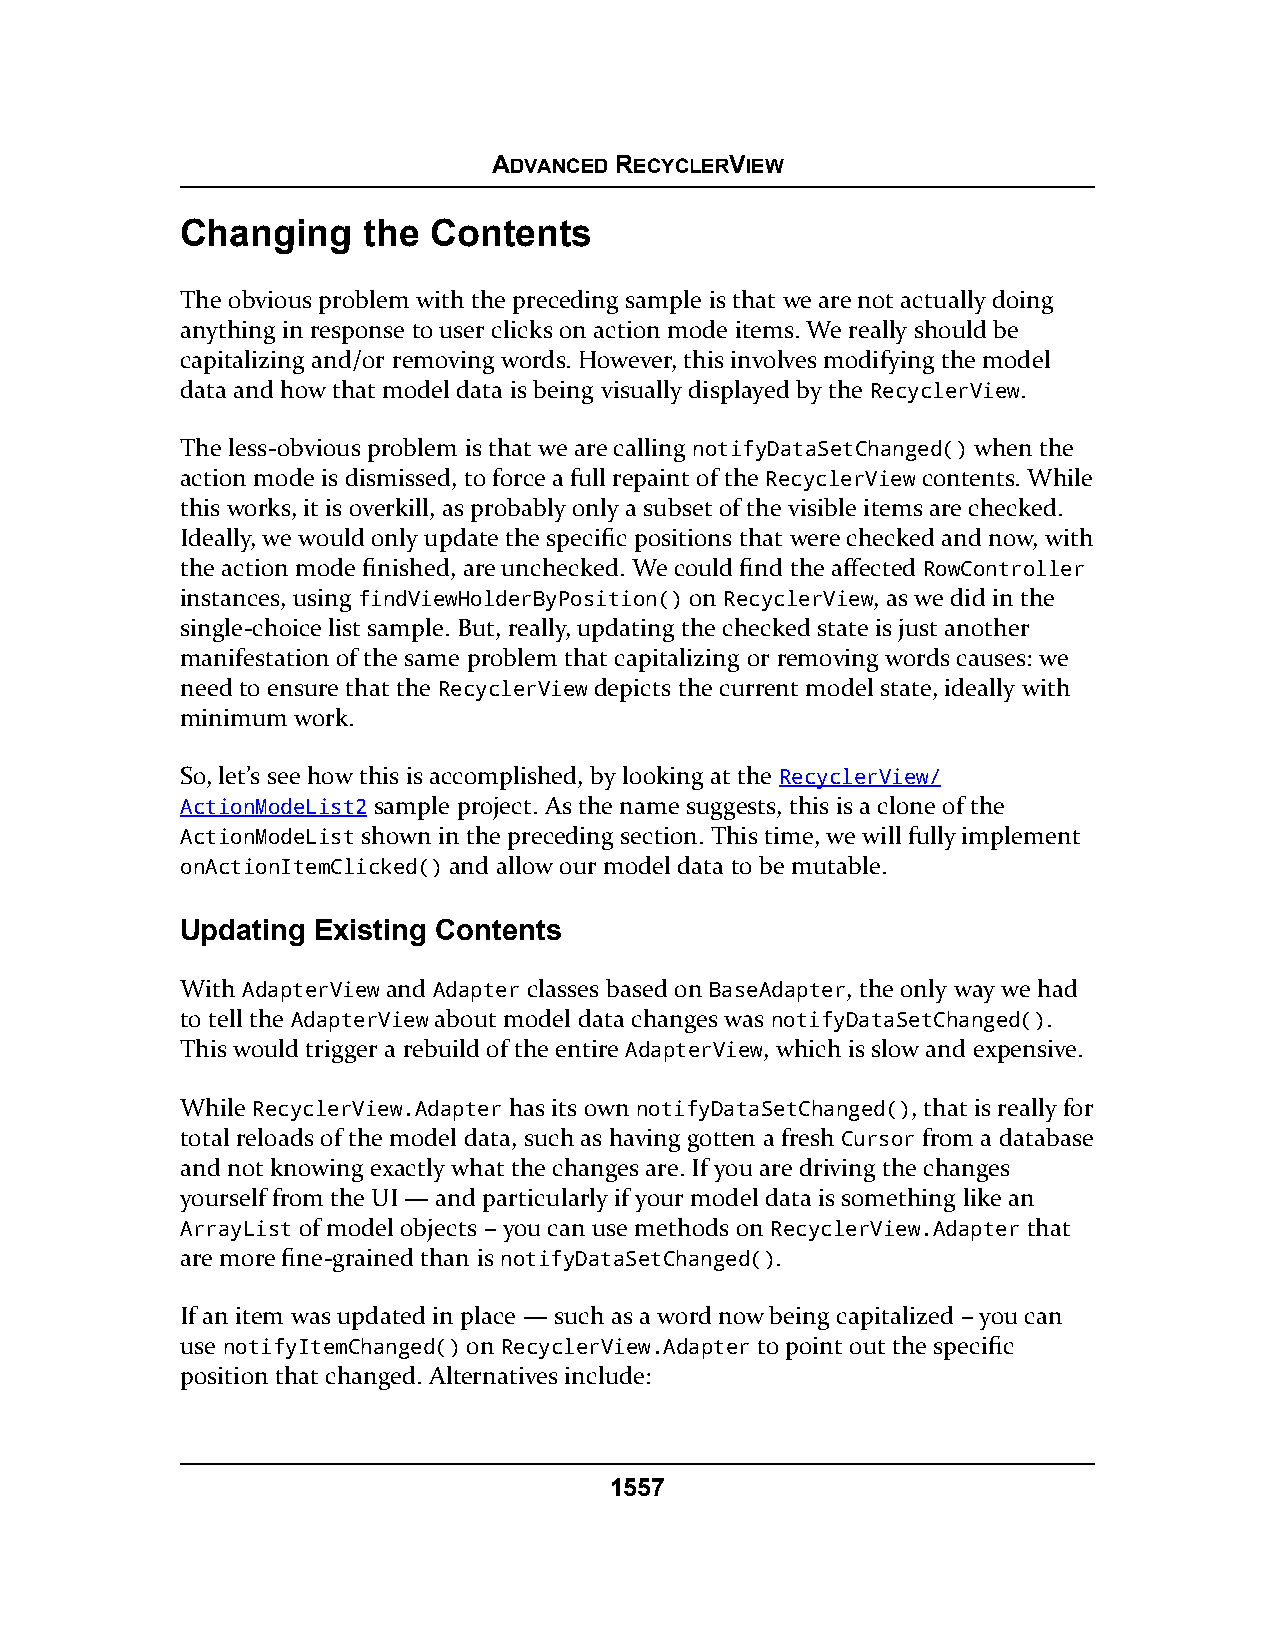
ADVANCED RECYCLERVIEW
 Changing    the Contents
 The obvious problem with the preceding sample is that we are not actually doing
 anything in response to user clicks on action mode items. We really should be
 capitalizing and/or removing words. However, this involves modifying the model
 data and how that model data is being visually displayed by the RecyclerView.
 The less-obvious problem is that we are calling notifyDataSetChanged() when the
 action mode is dismissed, to force a full repaint of the RecyclerView contents. While
 this works, it is overkill, as probably only a subset of the visible items are checked.
 Ideally, we would only update the specific positions that were checked and now, with
 the action mode finished, are unchecked. We could find the affected RowController
 instances, using findViewHolderByPosition() on RecyclerView, as we did in the
 single-choice list sample. But, really, updating the checked state is just another
 manifestation of the same problem that capitalizing or removing words causes: we
 need to ensure that the RecyclerView depicts the current model state, ideally with
 minimum work.
 So, let’s see how this is accomplished, by looking at the RecyclerView/
 ActionModeList2 sample project. As the name suggests, this is a clone of the
 ActionModeList shown in the preceding section. This time, we will fully implement
 onActionItemClicked() and allow our model data to be mutable.
 Updating Existing Contents
 With AdapterView and Adapter classes based on BaseAdapter, the only way we had
 to tell the AdapterView about model data changes was notifyDataSetChanged().
 This would trigger a rebuild of the entire AdapterView, which is slow and expensive.
 While RecyclerView.Adapter has its own notifyDataSetChanged(), that is really for
 total reloads of the model data, such as having gotten a fresh Cursor from a database
 and not knowing exactly what the changes are. If you are driving the changes
 yourself from the UI — and particularly if your model data is something like an
 ArrayList of model objects – you can use methods on RecyclerView.Adapter that
 are more fine-grained than is notifyDataSetChanged().
 If an item was updated in place — such as a word now being capitalized – you can
 use notifyItemChanged() on RecyclerView.Adapter to point out the specific
 position that changed. Alternatives include:
 1557